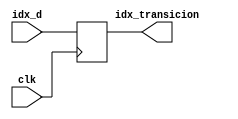
module identificadortransicion(	
                input clk,
                input [3:0] idx_d,
                output reg [3:0] idx_transicion
);
always @(posedge clk)begin
        idx_transicion <= idx_d;
    end
endmodule